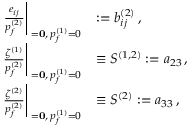
\begin{array} { r l } { \left. \frac { e _ { i j } } { p _ { f } ^ { ( 2 ) } } \right| _ { { \bf { \sigma } = \bf { 0 } } , \, p _ { f } ^ { ( 1 ) } = 0 } } & { : = b _ { i j } ^ { ( 2 ) } \, , } \\ { \left. \frac { \zeta ^ { ( 1 ) } } { p _ { f } ^ { ( 2 ) } } \right| _ { { \bf { \sigma } = \bf { 0 } } , \, p _ { f } ^ { ( 1 ) } = 0 } } & { \equiv S ^ { ( 1 , 2 ) } : = a _ { 2 3 } \, , } \\ { \left. \frac { \zeta ^ { ( 2 ) } } { p _ { f } ^ { ( 2 ) } } \right| _ { { \bf { \sigma } = \bf { 0 } } , \, p _ { f } ^ { ( 1 ) } = 0 } } & { \equiv S ^ { ( 2 ) } : = a _ { 3 3 } \, , } \end{array}